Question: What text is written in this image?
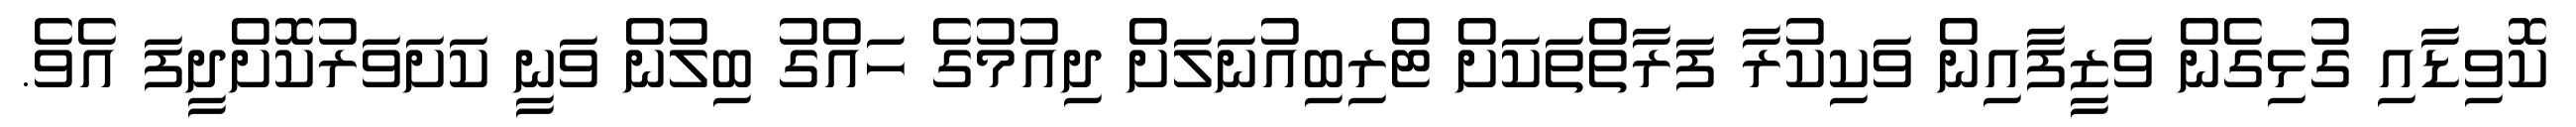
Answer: ކޮވިޑާއި ގުޅިގެން ވަޒީފާއިން ވަކިކުރާ ފަރާތްތަކަށް ޓްރިބިއުނަލަށް ދިއުމުގެ ހައްގު ބިލުން ވަނީ ކަށަވަރުކޮށްދީފަ އެވެ.